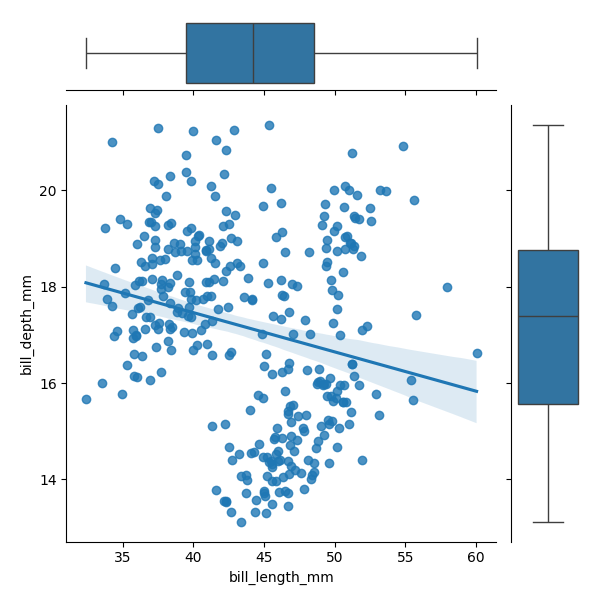
python, seaborn, JointGrid, regplot, boxplot